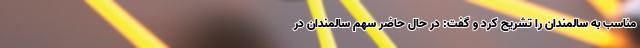
مناسب به سالمندان را تشریح کرد و گفت: در حال حاضر سهم سالمندان در